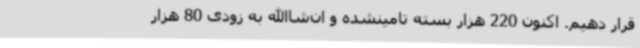
قرار دهیم. اکنون 220 هزار بسته تامینشده و ان‌شاالله به زودی 80 هزار